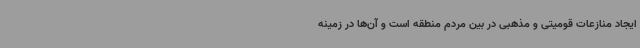
ایجاد منازعات قومیتی و مذهبی در بین مردم منطقه است و آن‌ها در زمینه